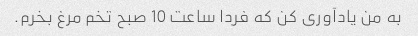
به من یادآوری کن که فردا ساعت 10 صبح تخم مرغ بخرم.